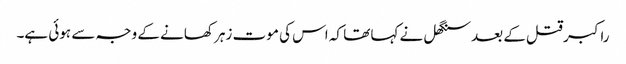
راکبر قتل کے بعد سنگھل نے کہا تھا کہ اس کی موت زہر کھانے کے وجہ سے ہوئی ہے۔